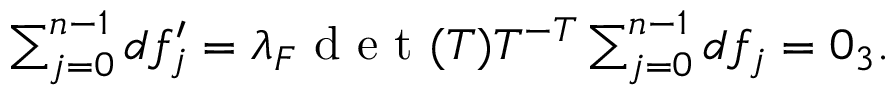
\begin{array} { r } { \sum _ { j = 0 } ^ { n - 1 } d f _ { j } ^ { \prime } = \lambda _ { F } \mathrm { ~ d ~ e ~ t ~ } ( T ) T ^ { - T } \sum _ { j = 0 } ^ { n - 1 } d f _ { j } = 0 _ { 3 } . } \end{array}